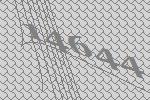
14644